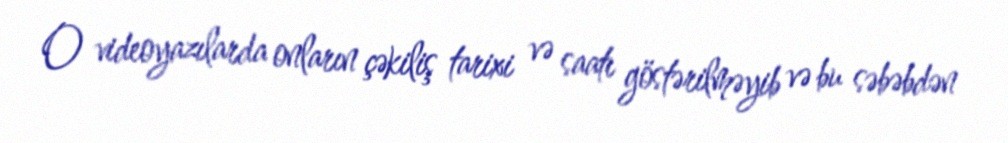
O videoyazılarda onların çəkiliş tarixi və saatı göstərilməyib və bu səbəbdən